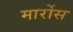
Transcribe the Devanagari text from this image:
मार्रोस